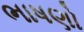
ભાષણો